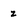
Character: z